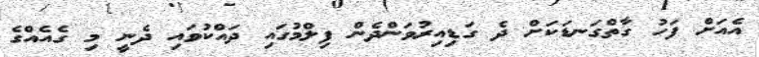
އެއަށް ފަހު ގާތްގަނޑަކަށް ދެ ގަޑިއިރުވަންދެން ފިލްމުގައި ދައްކުވައި ދެނީ މި ގެއެއްގެ